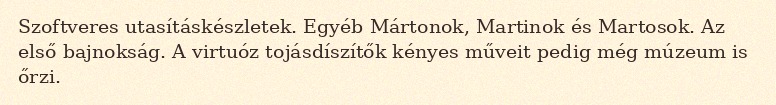
Szoftveres utasításkészletek. Egyéb Mártonok, Martinok és Martosok. Az első bajnokság. A virtuóz tojásdíszítők kényes műveit pedig még múzeum is őrzi.